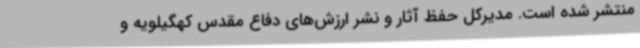
منتشر شده است. مدیرکل حفظ آثار و نشر ارزش‌های دفاع مقدس کهگیلویه و